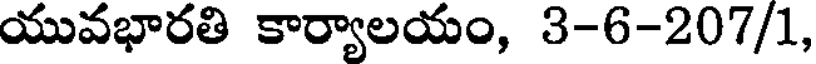
యువభారతి కార్యాలయం, 3-6-207/1,